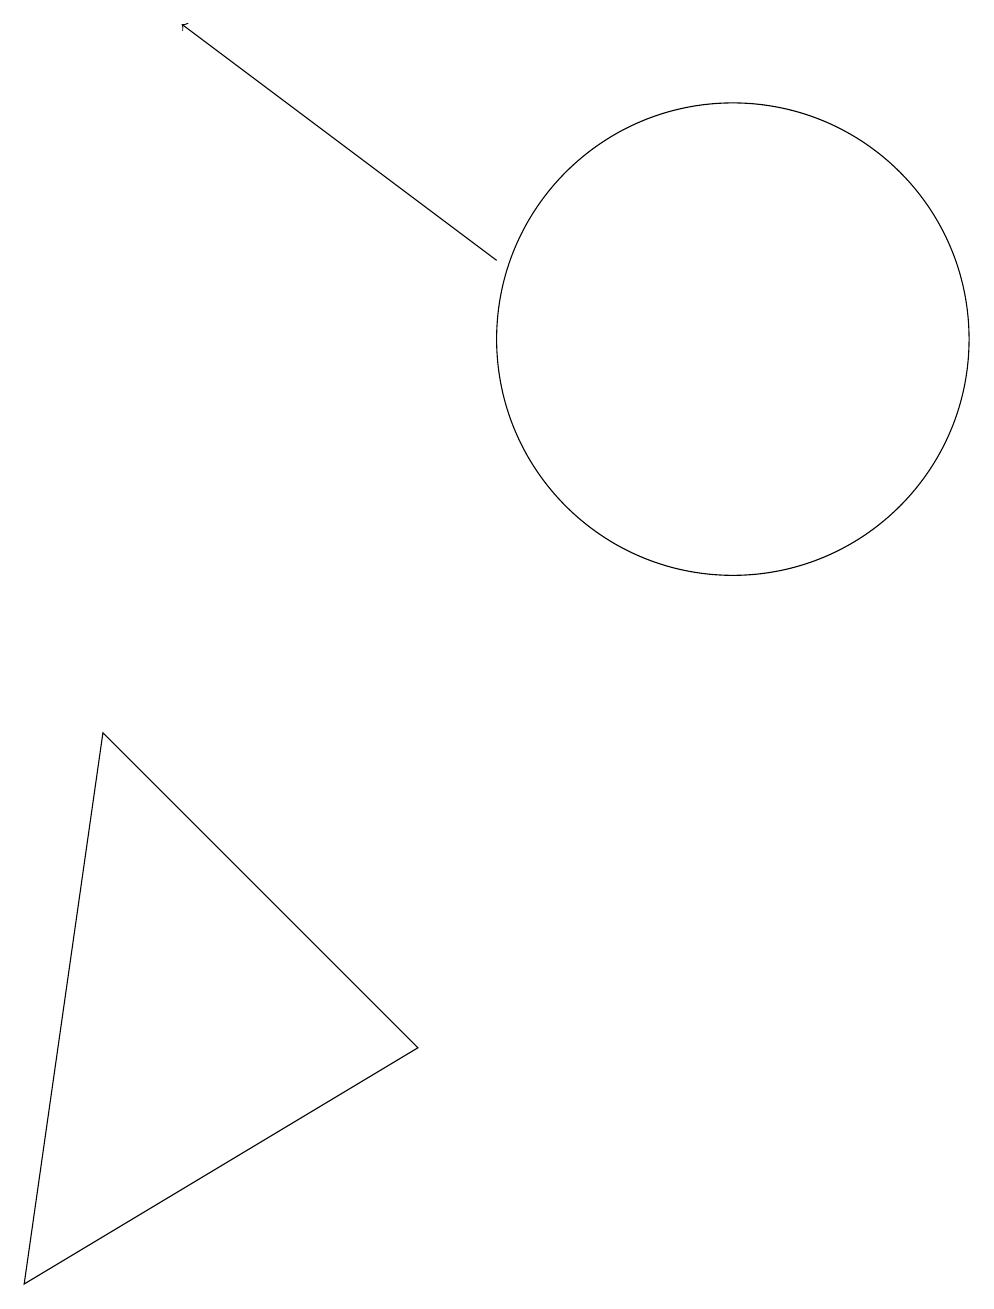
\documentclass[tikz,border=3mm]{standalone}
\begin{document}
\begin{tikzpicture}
\draw (10,12) circle (3);
\draw (6,3) -- (2,7) -- (1,0) -- cycle;
\draw[->] (7,13) -- (3,16);
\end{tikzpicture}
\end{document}